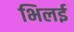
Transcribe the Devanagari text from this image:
भिलई